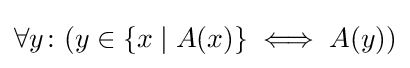
\forall y\colon (y\in \{x\mid A(x)\}\iff A(y))